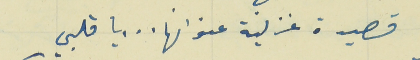
قصيدة غزلية عنوانها .  .  .  يا قلبي